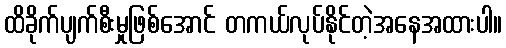
ထိခိုက်ပျက်စီးမှုဖြစ်အောင် တကယ်လုပ်နိုင်တဲ့အနေအထားပါ။